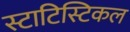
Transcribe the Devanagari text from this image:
स्टाटिस्टिकल